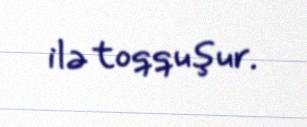
ilə toqquşur.